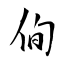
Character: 侚